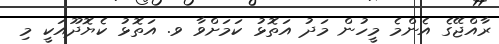
ރާއްޖޭގެ އެންމެ މީހުން މަދު އަތޮޅު ކަމަށްވާ ވ. އަތޮޅު ކެޔޮދޫއަކީ މި